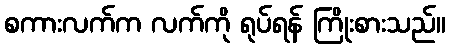
စကားလက်က လက်ကို ရုပ်ရန် ကြိုးစားသည်။